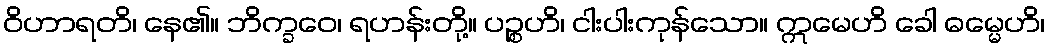
ဝိဟာရတိ၊ နေ၏။ ဘိက္ခဝေ၊ ရဟန်းတို့။ ပဉ္စဟိ၊ ငါးပါးကုန်သော။ ဣမေဟိ ခေါ ဓမ္မေဟိ၊